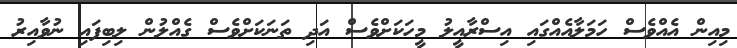
މިއިން އެއްވެސް ހަމަލާއެއްގައި އިސްރާއީލު މީހަކަށްވެސް އަދި ތަނަކަށްވެސް ގެއްލުން ލިބިފައި ނުވާއިރު